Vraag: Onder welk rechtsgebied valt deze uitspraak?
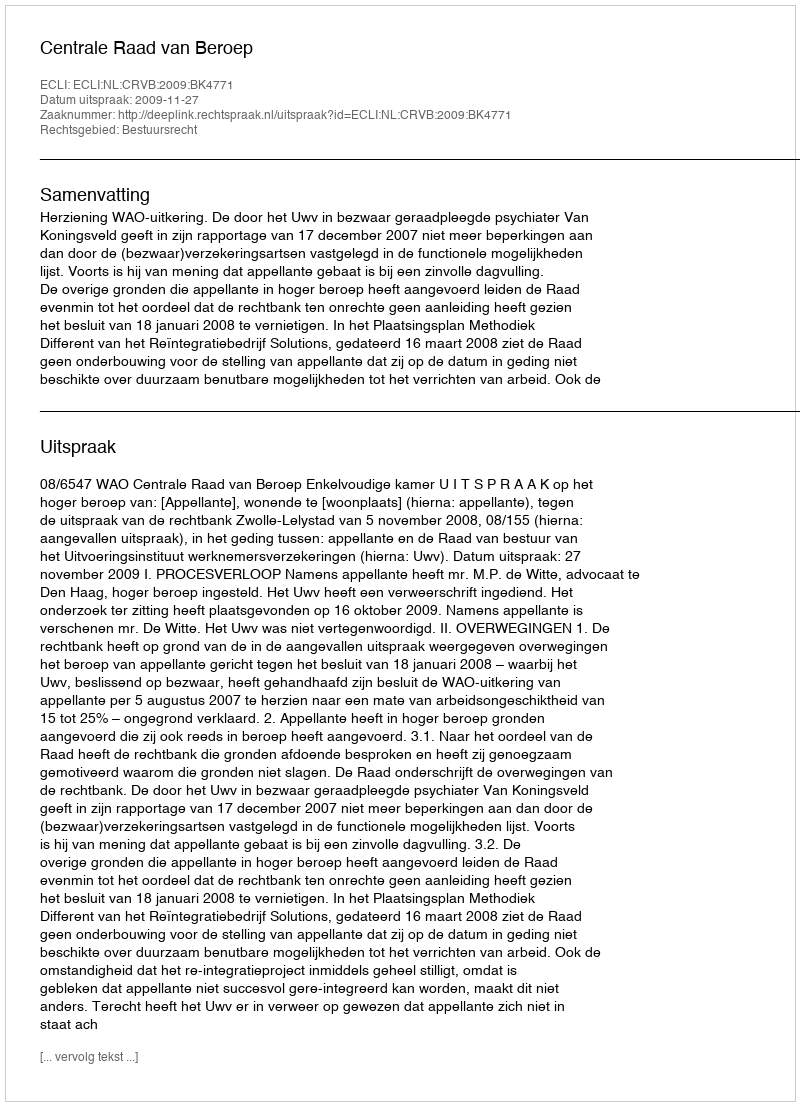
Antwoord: Bestuursrecht